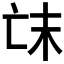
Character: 𠅒